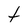
Character: t